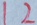
1 2